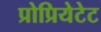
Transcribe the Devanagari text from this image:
प्रोप्रियेटेट